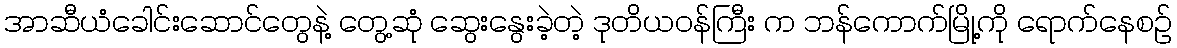
အာဆီယံခေါင်းဆောင်တွေနဲ့ တွေ့ဆုံ ဆွေးနွေးခဲ့တဲ့ ဒုတိယဝန်ကြီး က ဘန်ကောက်မြို့ကို ရောက်နေစဉ်